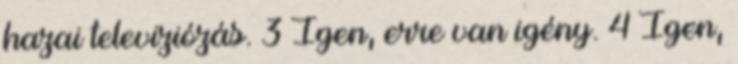
hazai televiziózás. 3 Igen, erre van igény. 4 Igen,